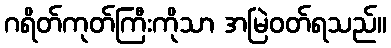
ဂရိတ်ကုတ်ကြီးကိုသာ အမြဲဝတ်ရသည်။